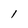
Character: l